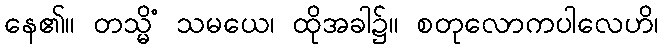
နေ၏။ တသ္မိံ သမယေ၊ ထိုအခါ၌။ စတုလောကပါလေဟိ၊